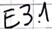
Text: E3.1